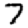
Digit: 7